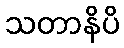
သတာနိပိ